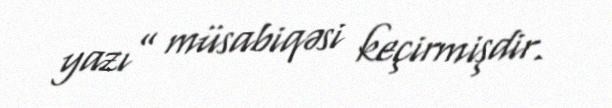
yazı” müsabiqəsi keçirmişdir.